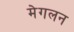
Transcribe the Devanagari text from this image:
मेगलन